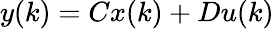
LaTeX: y(k)=Cx(k)+Du(k)